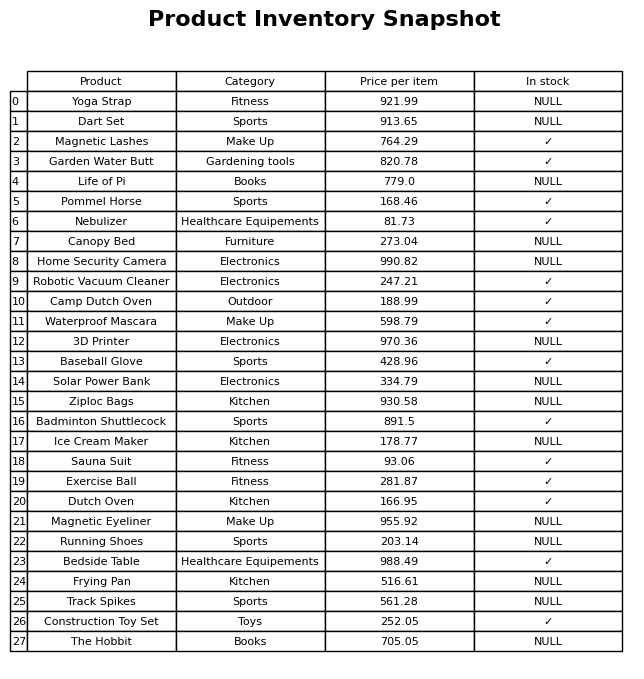
question: What is the price for Baseball Glove?
answer: The price of Baseball Glove is 428.96.